Vaccination in Bombay 1856-1862 - 1856-1862
Year: 1856
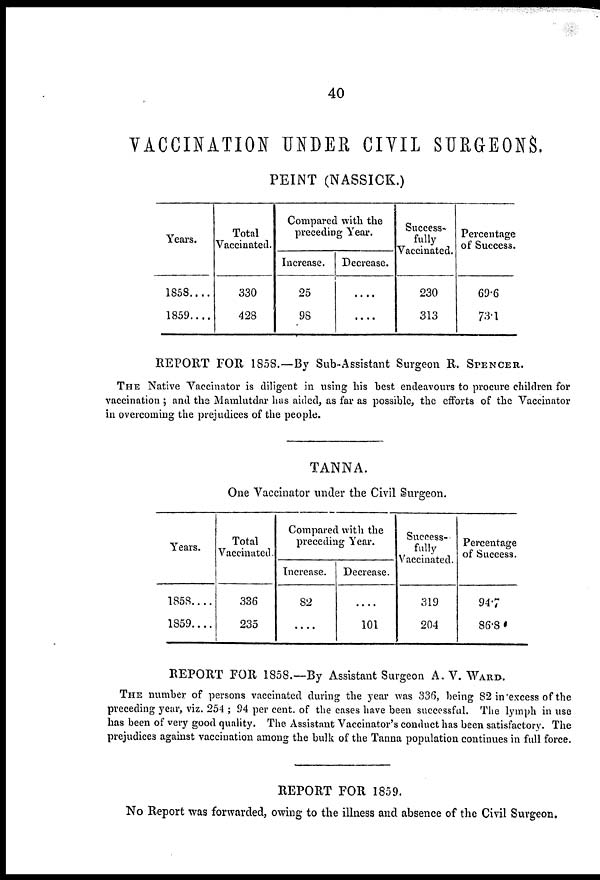
40
VACCINATION UNDER CIVIL SURGEONS.
PEINT (NASSICK.)
Years.
1858....
1859....
Total
Vaccinated.
330
428
Compared with the
preceding Year.
Increase.
25
98
Decrease.
....
....
Success-
fully
Vaccinated.
230
313
Percentage
of Success.
69.6
73.1
REPORT FOR 1858.—By Sub-Assistant Surgeon R. SPENCER.
THE Native Vaccinator is diligent in using his best endeavours to procure children for
vaccination ; and the Mamlutdar has aided, as far as possible, the efforts of the Vaccinator
in overcoming the prejudices of the people.
TANNA.
One Vaccinator under the Civil Surgeon.
Years.
1858....
1859....
Total
Vaccinated.
336
235
Compared with the
preceding Year.
Increase.
82
....
Decrease.
....
101
Success¬
fully
Vaccinated.
319
204
Percentage
of Success.
94.7
86.8
REPORT FOR 1858.—By Assistant Surgeon A. V. WARD.
THE number of persons vaccinated during the year was 336, being 82 in excess of the
preceding year, viz. 254 ; 94 per cent. of the cases have been successful. The lymph in use
has been of very good quality. The Assistant Vaccinator's conduct has been satisfactory. The
prejudices against vaccination among the bulk of the Tanna population continues in full force.
REPORT FOR 1859.
No Report was forwarded, owing to the illness and absence of the Civil Surgeon.